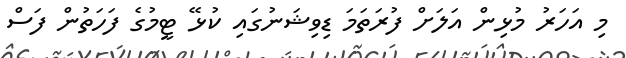
މި އަހަރު މުޅިން އަލަށް ފުރަތަމަ ޑިވިޝަނުގައި ކުޅޭ ޓީމުގެ ފަހަތުން ފަސް